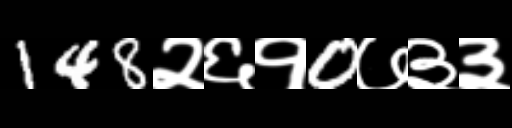
Text: 148२६१0७३३